Annual report of the Imperial Bacteriological Laboratory, Muktesar
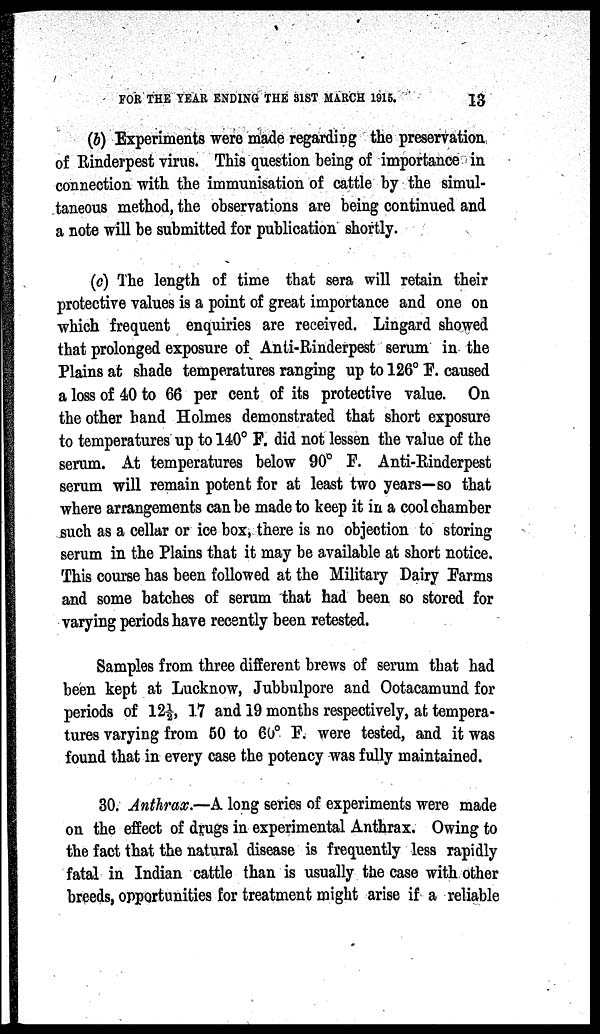
FOR THE YEAR ENDING THE 31ST MARCH 1915.
13
(b) Experiments were made regarding the preservation,
of Rinderpest virus. This question being of importance in
connection with the immunisation of cattle by the simul-
taneous method, the observations are being continued and
a note will be submitted for publication shortly.
(c) The length of time that sera will retain their
protective values is a point of great importance and one on
which frequent enquiries are received. Lingard showed
that prolonged exposure of Anti-Rinderpest serum in the
Plains at shade temperatures ranging up to 126° F. caused
a loss of 40 to 66 per cent of its protective value. On
the other hand Holmes demonstrated that short exposure
to temperatures up to 140° F. did not lessen the value of the
serum. At temperatures below 90° F. Anti-Rinderpest
serum will remain potent for at least two years—so that
where arrangements can be made to keep it in a cool chamber
such as a cellar or ice box, there is no objection to storing
serum in the Plains that it may be available at short notice.
This course has been followed at the Military Dairy Farms
and some batches of serum that had been so stored for
varying periods have recently been retested.
Samples from three different brews of serum that had
been kept at Lucknow, Jubbulpore and Ootacamund for
periods of 12½, 17 and 19 months respectively, at tempera-
tures varying from 50 to 60° F. were tested, and it was
found that in every case the potency was fully maintained.
30. Anthrax.—A long series of experiments were made
on the effect of drugs in experimental Anthrax. Owing to
the fact that the natural disease is frequently less rapidly
fatal in Indian cattle than is usually the case with other
breeds, opportunities for treatment might arise if a reliable